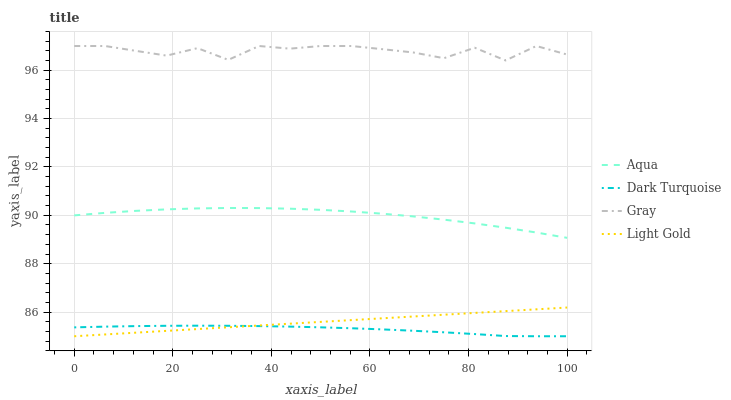
| xaxis_label | Aqua | Dark Turquoise | Gray | Light Gold |
 | --- | --- | --- | --- | --- |
 | 0 | 90 | 85.4 | 97 | 85 |
 | 6.25 | 90.1 | 85.4 | 97 | 85.1 |
 | 12.5 | 90.2 | 85.4 | 96.8 | 85.1 |
 | 18.8 | 90.2 | 85.4 | 96.6 | 85.2 |
 | 25 | 90.3 | 85.4 | 96.9 | 85.3 |
 | 31.2 | 90.3 | 85.4 | 96.4 | 85.4 |
 | 37.5 | 90.3 | 85.4 | 97 | 85.4 |
 | 43.8 | 90.3 | 85.4 | 96.9 | 85.5 |
 | 50 | 90.2 | 85.4 | 97 | 85.6 |
 | 56.2 | 90.2 | 85.3 | 97 | 85.7 |
 | 62.5 | 90.1 | 85.3 | 96.9 | 85.7 |
 | 68.8 | 90 | 85.2 | 96.7 | 85.8 |
 | 75 | 89.8 | 85.2 | 96.5 | 85.9 |
 | 81.2 | 89.7 | 85.1 | 96.9 | 86 |
 | 87.5 | 89.5 | 85 | 96.4 | 86 |
 | 93.8 | 89.3 | 85 | 97 | 86.1 |
 | 100 | 89.1 | 85 | 96.6 | 86.2 |